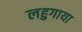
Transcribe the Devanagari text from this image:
लहुगाया